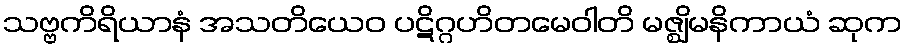
သဗ္ဗကိရိယာနံ အသတိယေဝ ပဋိဂ္ဂဟိတမေဝါတိ မဇ္ဈိမနိကာယံ ဆုက